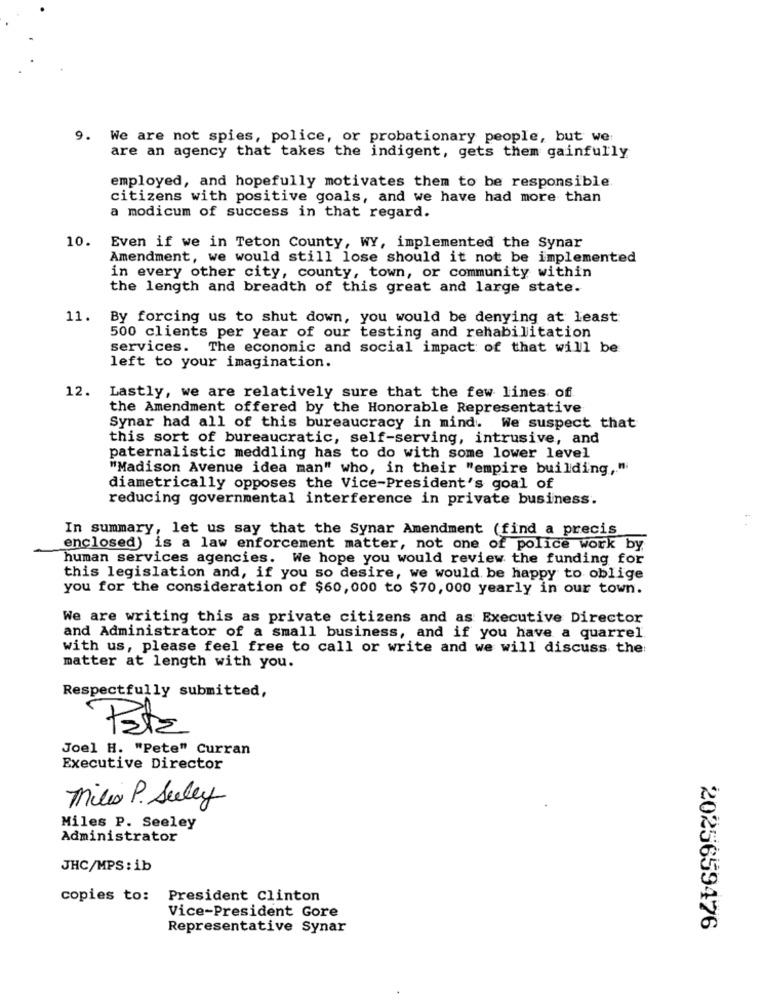
9. We are not spies, police, or probationary people, but we
are an agency that takes the indigent, gets them gainfully
employed, and hopefully motivates them to be responsible
citizens with positive goals, and we have had more than
a modicum of success in that regard.
10. Even if we in Teton County, WY, implemented the Synar
Amendment, we would still lose should it not be implemented
in every other city, county, town, or community within
the length and breadth of this great and large state.
11. By forcing us to shut down, you would be denying at least
500 clients per year of our testing and rehabilitation
services. The economic and social impact of that will be
left to your imagination.
12.
Lastly, we are relatively sure that the few lines of
the Amendment offered by the Honorable Representative
Synar had all of this bureaucracy in mind. We suspect that
this sort of bureaucratic, self-serving, intrusive, and
paternalistic meddling has to do with some lower level
"Madison Avenue idea man" who, in their "empire building,"
diametrically opposes the Vice-President's goal of
reducing governmental interference in private business.
In summary, let us say that the Synar Amendment (find a precis
enclosed) is a law enforcement matter, not one of police work by
human services agencies. We hope you would review the funding for
this legislation and, if you so desire, we would be happy to oblige
you for the consideration of $60, 000 to $70, 000 yearly in our town.
We are writing this as private citizens and as Executive Director
and Administrator of a small business, and if you have a quarrel
with us, please feel free to call or write and we will discuss the:
matter at length with you.
Respectfully submitted,
Patz
Joel H. "Pete" Curran
Executive Director
Miles P. Seeley
Miles P. Seeley
Administrator
JHC/MPS: ib
copies to:
President Clinton
Vice-President Gore
Representative Synar
2025659476